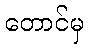
တောင်မှ